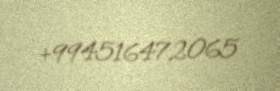
+994516472065